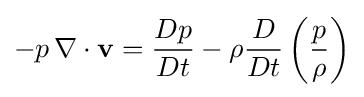
-p\,\nabla \cdot {\mathbf {v} }={\frac {Dp}{Dt}}-\rho {\frac {D}{Dt}}\left({\frac {p}{\rho }}\right)